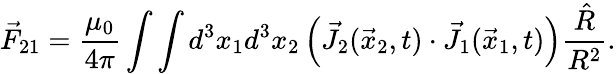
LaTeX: \vec{F}_{21}=\frac{\mu_{0}}{4\pi}\int\int d^{3}x_{1}d^{3}x_{2}\left(\vec{J}_{2}(\vec{x}_{2},t)\cdot\vec{J}_{1}(\vec{x}_{1},t)\right)\frac{\hat{R}}{R^{2}}.